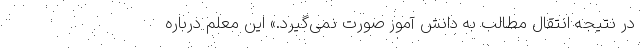
در نتیجه انتقال مطالب به دانش آموز صورت نمی‌گیرد.» این معلم درباره